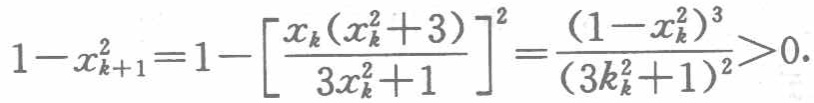
\[1 - x_{k + 1}^2 = 1-\left[\frac{x_{k}(x_{k}^2 + 3)}{3x_{k}^2 + 1}\right]^2=\frac{(1 - x_{k}^2)^3}{(3k_{k}^2 + 1)^2}>0.\]